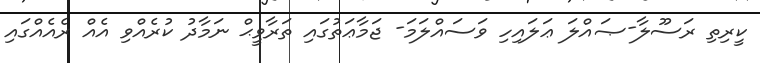
ކީރިތި ރަސޫލާ-ޞައްލަ ޢަލައިހި ވަސައްލަމަ- ޖަމާޢަތުގައި ތަރާވީޙް ނަމާދު ކުރެއްވި އެއް ރެއެއްގައި